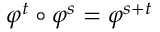
\varphi ^ { t } \circ \varphi ^ { s } = \varphi ^ { s + t }